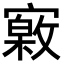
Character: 𡫎